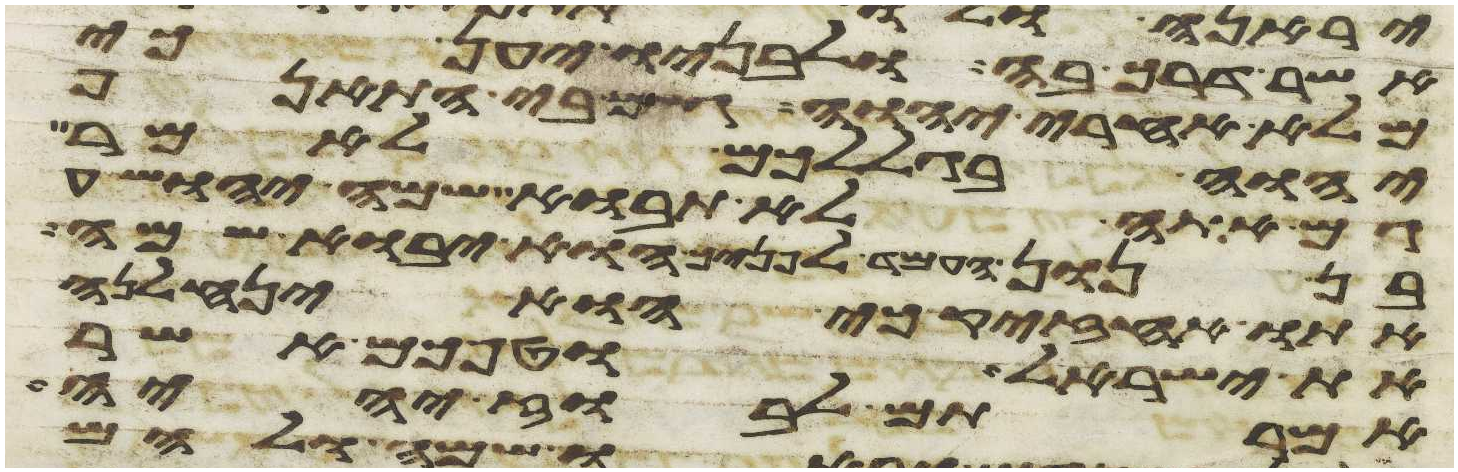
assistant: אשר דרך בה ולבניו יען כי
מלא אחרי יהוה גם בי התאנף
יהוה בגללכם לאמר
גם אתה לא תבוא שמה יהושע
בן נון העמד לפניך הוא יבוא שמה
אתו אחזיק כי הוא ינחלנה
את ישראל וטפכם אשר
אמרתם לבוז יהיה